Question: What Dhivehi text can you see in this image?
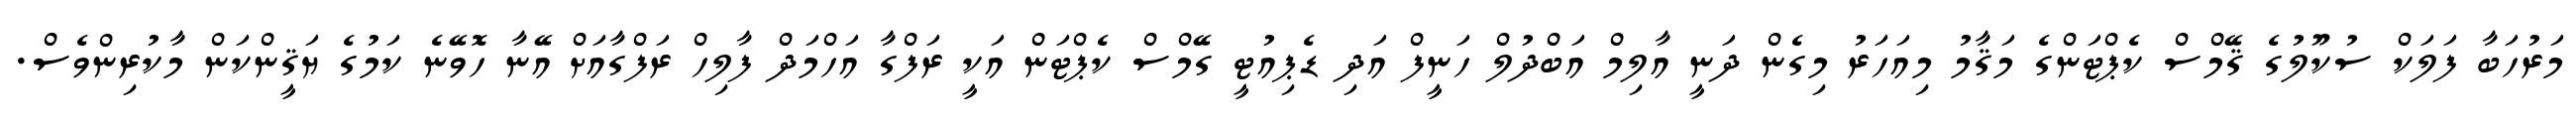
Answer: މަރުހަބާ ފަލަކް ސުކޫލުގެ ޤޭމްސް ކެޕްޓަންގެ މަޤާމު މިއަހަރު މިގެން ދަނީ އާލިމް އަބްދުލް ހަނީފް އަދި ޑެޕިއުޓީ ގޭމްސް ކެޕްޓަން އަކީ ރަފްގާ އަހްމަދް ފާލިހް ރަފްގާއަށް އޭނާ ހޮވޭނެ ކަމުގެ ޔަޤީންކަން މާކުރިންވެސް.